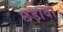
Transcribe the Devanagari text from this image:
छड़ावा